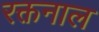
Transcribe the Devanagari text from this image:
रक्तनाल